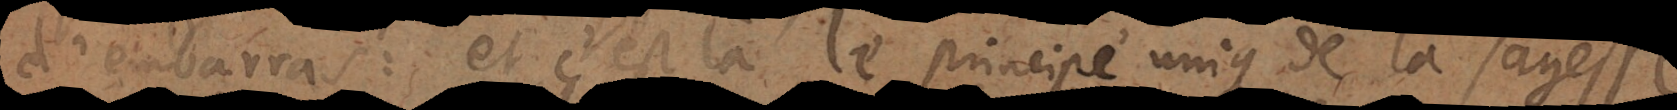
d’embarras: et c’est là le principe unique de la sagesse;